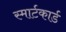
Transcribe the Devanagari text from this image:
स्मार्टकार्ड